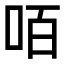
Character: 咟